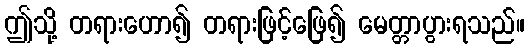
ဤသို့ တရားဟော၍ တရားဖြင့်ဖြေ၍ မေတ္တာပွားရသည်။